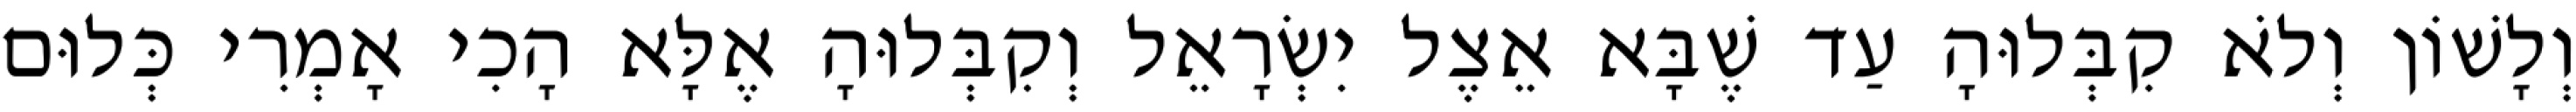
וְלָשׁוֹן וְלֹא קִבְּלוּהָ עַד שֶׁבָּא אֵצֶל יִשְׂרָאֵל וְקִבְּלוּהָ אֶלָּא הָכִי אָמְרִי כְּלוּם